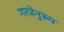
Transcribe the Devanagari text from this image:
गरजेनुरूप